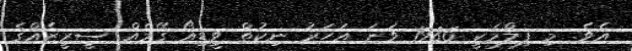
އެވެ. މި ފިލްމަކީ 1986 ވަނަ އަހަރު ނިކުތް ވީޑިއޯ ގޭމެއް ސީރީޒެއްގެ